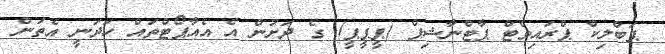
ޕަބްލިކް ޕްރައިވެޓް ޕާޓްނާޝިޕް (ޕީޕީޕީ) ގެ ދަށުން އެ އެއާޕޯޓްތައް ހަދަނީ އެތަން